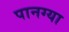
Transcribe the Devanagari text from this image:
पानग्या